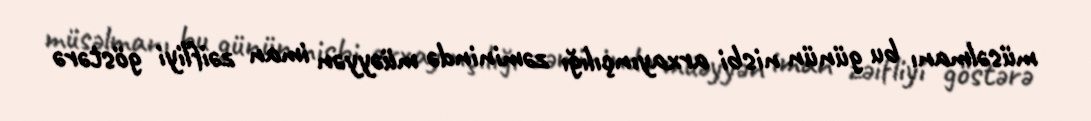
müsəlmanı bu günün nisbi arxayınçılığı zəminində müəyyən iman zəifliyi göstərə